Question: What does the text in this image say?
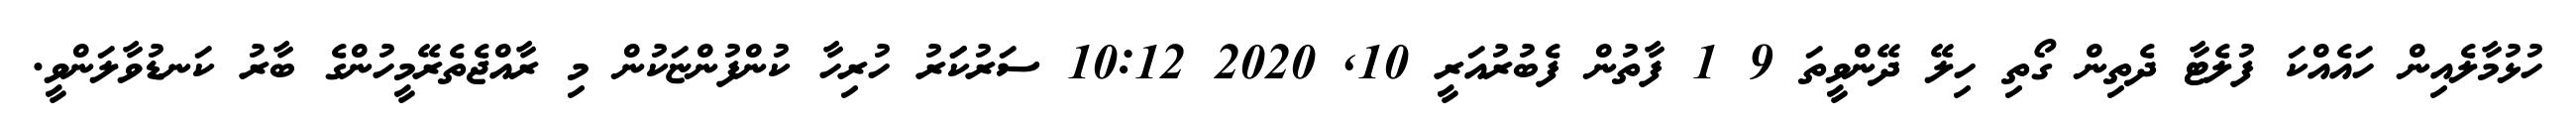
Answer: ހުޅުމާލެއިން ހައެއްކަ ފުލެޓާ ދެތިން ގޯތި ހިލޭ ދޭންވީތަ 9 1 ފާތުން ފެބުރުއަރީ 10, 2020 10:12 ސަރުކަަރު ހުރިހާ ކުންފުންޏަކުން މި ރާއްޖެތެރޭމީހުންގެ ބާރު ކަނޑުވާލަންވީ.